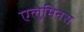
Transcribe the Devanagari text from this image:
एलुमिनस